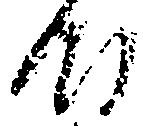
時